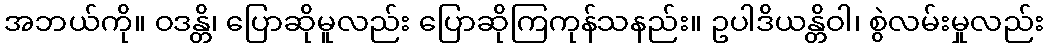
အဘယ်ကို။ ဝဒန္တိ၊ ပြောဆိုမူလည်း ပြောဆိုကြကုန်သနည်း။ ဥပါဒိယန္တိဝါ၊ စွဲလမ်းမှုလည်း